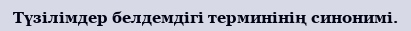
Түзілімдер белдемдігі терминінің синонимі.